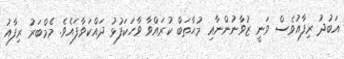
އަބުދު ރިފާއުވެސް ވަނީ ޒުވާނުންނާއި މުޙާތަބް ކުރައްވާ ވާހަކަފުޅު ދައްކަވާފައެވެ. މެމްބަރު ރިފާއު